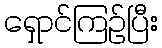
ရှောင်ကြဉ်ပြီး